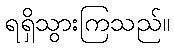
ရရှိသွားကြသည်။